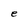
Character: e